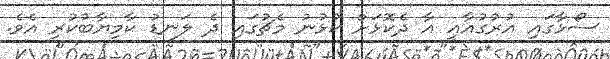
ސޯޅާގައި އުރުގުއާއީ އާ ދެކޮޅަށް ކުޅުނު މެޗުގައި ދެ ލަނޑު ކާމިޔާބުކުރި އެވެ.